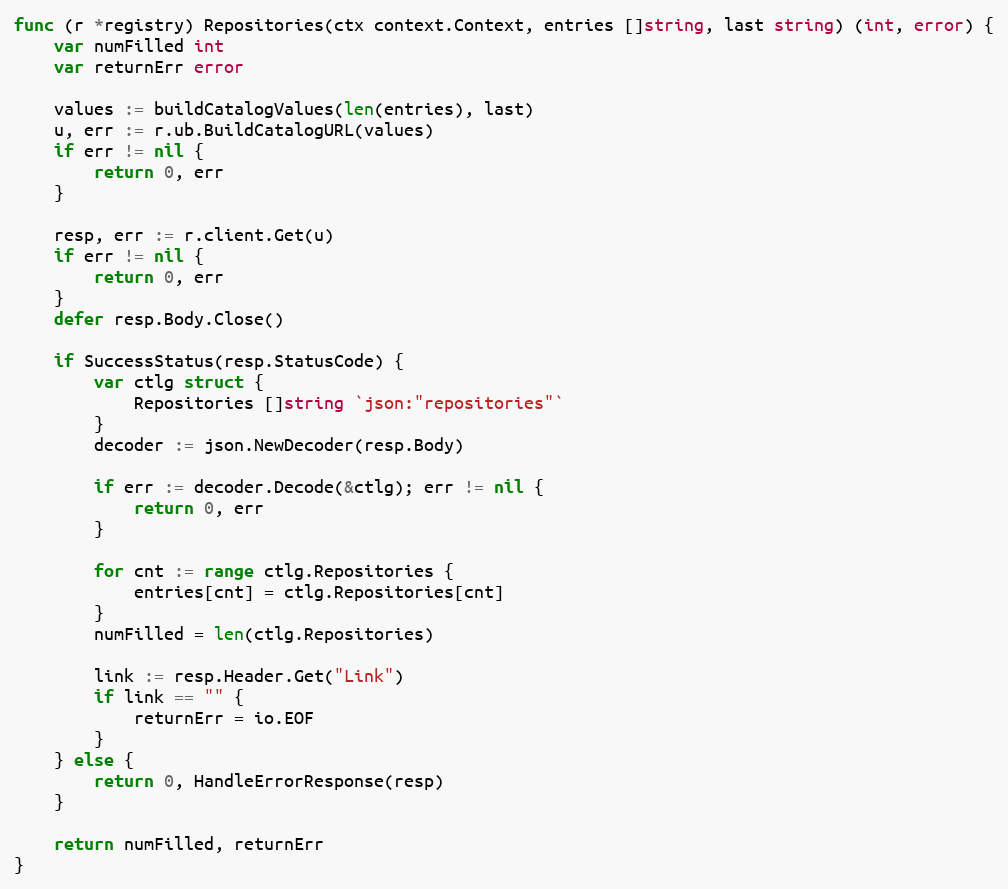
Language: Go
func (r *registry) Repositories(ctx context.Context, entries []string, last string) (int, error) {
	var numFilled int
	var returnErr error

	values := buildCatalogValues(len(entries), last)
	u, err := r.ub.BuildCatalogURL(values)
	if err != nil {
		return 0, err
	}

	resp, err := r.client.Get(u)
	if err != nil {
		return 0, err
	}
	defer resp.Body.Close()

	if SuccessStatus(resp.StatusCode) {
		var ctlg struct {
			Repositories []string `json:"repositories"`
		}
		decoder := json.NewDecoder(resp.Body)

		if err := decoder.Decode(&ctlg); err != nil {
			return 0, err
		}

		for cnt := range ctlg.Repositories {
			entries[cnt] = ctlg.Repositories[cnt]
		}
		numFilled = len(ctlg.Repositories)

		link := resp.Header.Get("Link")
		if link == "" {
			returnErr = io.EOF
		}
	} else {
		return 0, HandleErrorResponse(resp)
	}

	return numFilled, returnErr
}